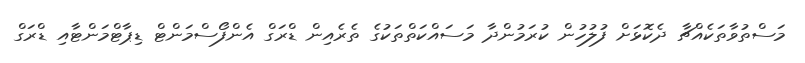
މަސްތުވާތަކެއްޗާ ދެކޮޅަށް ފުލުހުން ކުރަމުންދާ މަސައްކަތްތަކުގެ ތެރެއިން ޑްރަގް އެންފޯސްމަންޓް ޑިޕާޓްމަންޓާއި ޑްރަގް